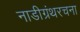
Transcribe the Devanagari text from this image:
नाडीग्रंथरचना